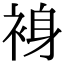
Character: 裑